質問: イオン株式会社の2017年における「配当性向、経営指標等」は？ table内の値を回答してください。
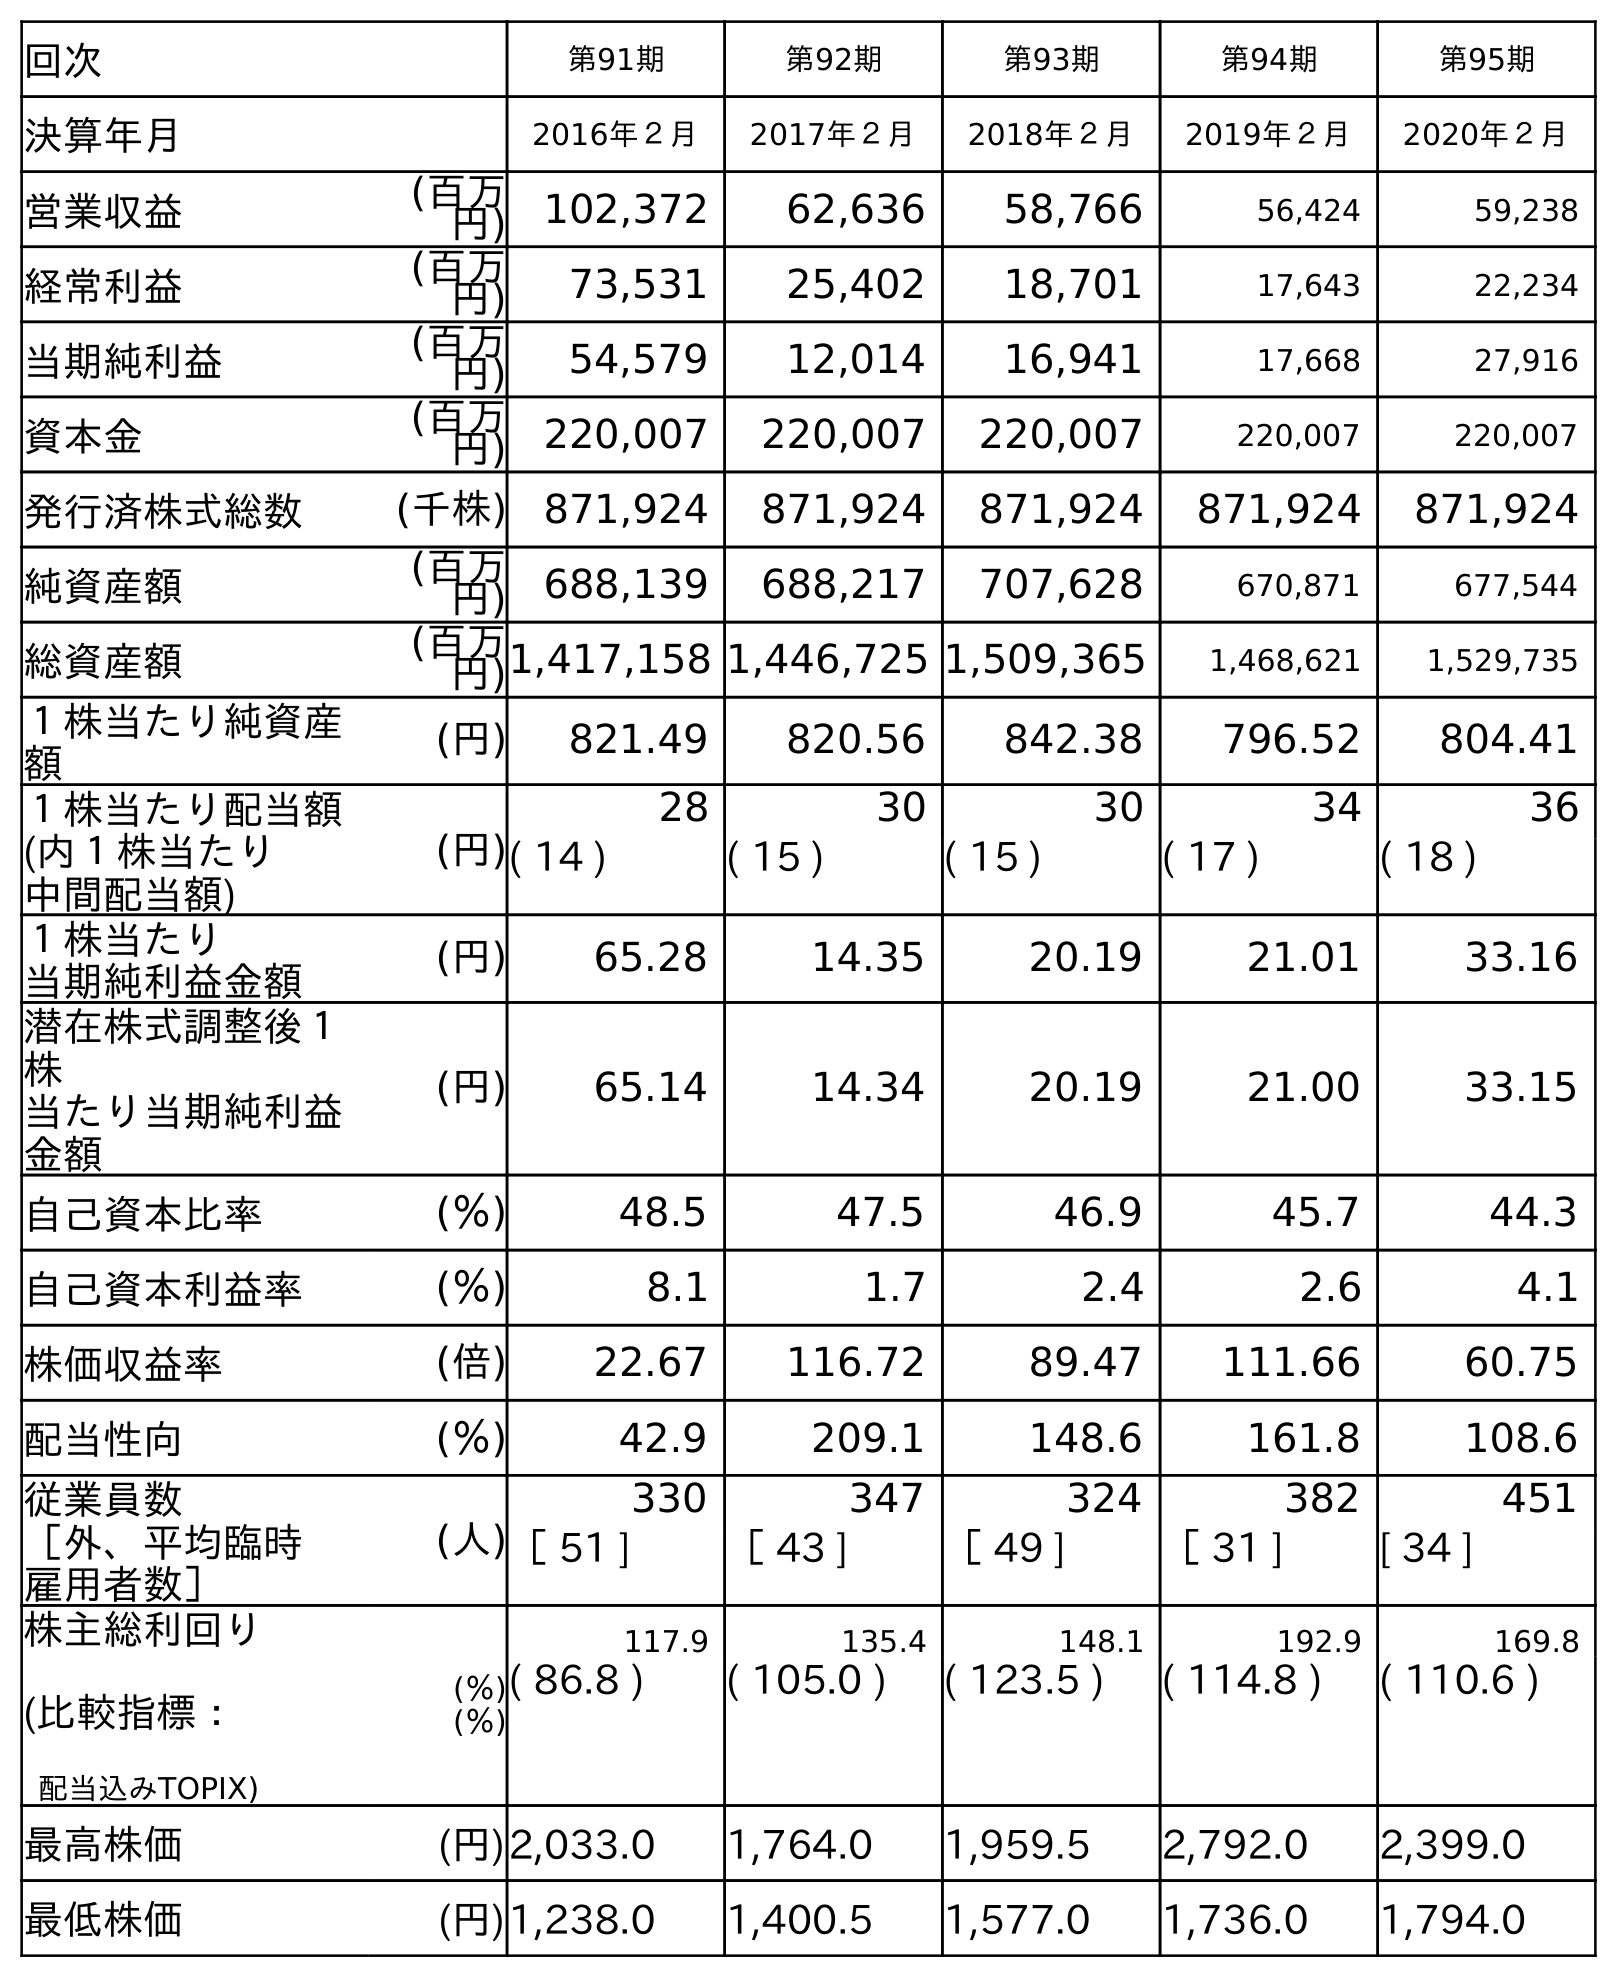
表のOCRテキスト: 回次 第91期 第92期 第93期 第94期 第95期 決算年月 2016年２月 2017年２月 2018年２月 2019年２月 2020年２月 営業収益 (百万 円) 102,372 62,636 58,766 56,424 59,238 経常利益 (百万 円) 73,531 25,402 18,701 17,643 22,234 当期純利益 (百万 円) 54,579 12,014 16,941 17,668 27,916 資本金 (百万 円) 220,007 220,007 220,007 220,007 220,007 発行済株式総数 (千株) 871,924 871,924 871,924 871,924 871,924 純資産額 (百万 円) 688,139 688,217 707,628 670,871 677,544 総資産額 (百万 円)1,417,158 1,446,725 1,509,365 1,468,621 1,529,735 １株当たり純資産 額 (円) 821.49 820.56 842.38 796.52 804.41 １株当たり配当額 (内１株当たり 中間配当額) (円) 28 30 30 34 36 ( 14 ) ( 15 ) ( 15 ) ( 17 ) ( 18 ) １株当たり 当期純利益金額 (円) 65.28 14.35 20.19 21.01 33.16 潜在株式調整後１ 株 当たり当期純利益 金額 (円) 65.14 14.34 20.19 21.00 33.15 自己資本比率 (％) 48.5 47.5 46.9 45.7 44.3 自己資本利益率 (％) 8.1 1.7 2.4 2.6 4.1 株価収益率 (倍) 22.67 116.72 89.47 111.66 60.75 配当性向 (％) 42.9 209.1 148.6 161.8 108.6 従業員数 ［外、平均臨時 雇用者数］ (人) 330 347 324 382 451 ［ 51 ] ［ 43 ] ［ 49 ] ［ 31 ] [ 34 ] 株主総利回り (比較指標： 配当込みTOPIX) (％) (％) 117.9 135.4 148.1 192.9 169.8 ( 86.8 ) ( 105.0 ) ( 123.5 ) ( 114.8 ) ( 110.6 ) 最高株価 (円)2,033.0 1,764.0 1,959.5 2,792.0 2,399.0 最低株価 (円)1,238.0 1,400.5 1,577.0 1,736.0 1,794.0
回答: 209.1